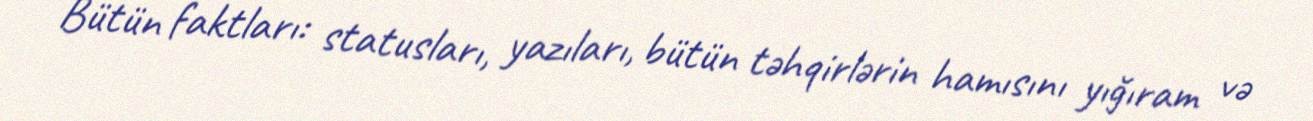
Bütün faktları: statusları, yazıları, bütün təhqirlərin hamısını yığıram və